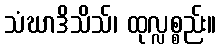
သံဃာဒိသိသ်၊ ထုလ္လစ္စည်း။